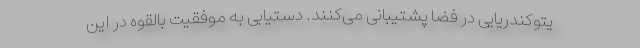
یتوکندریایی در فضا پشتیبانی می‌کنند. دستیابی به موفقیت بالقوه در این